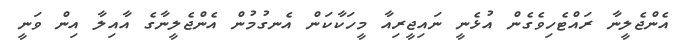
އެންޖެލީނާ ރައްޓެހިވެގެން އުޅެނީ ނައިޖީރިއާ މީހަކާކަން އެނގުމުން އެންޖެލީނާގެ އާއިލާ އިން ވަނީ